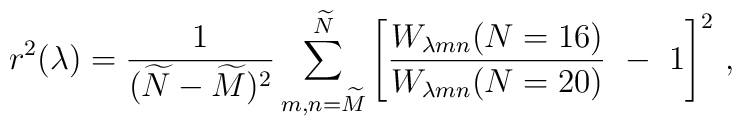
r^2(\lambda) = { 1 \over (\widetilde{N} - \widetilde{M})^2 } \sum_{m,n = \widetilde{M}} ^{\widetilde{N}} \left [ { W_{\lambda m n}(N=16) \over  W_{\lambda m n}(N=20)} \,\,-\,\,1 \right ]^2 \, ,